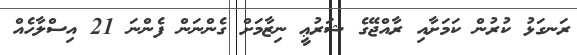
ރަނގަޅު ކުރުން ކަމަށާއި ރާއްޖޭގެ ޝަރުޢީ ނިޒާމަށް ގެންނަން ފެންނަ 21 އިސްލާހެއް